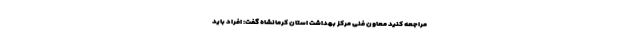
مراجعه کنید معاون فنی مرکز بهداشت استان کرمانشاه گفت: افراد باید